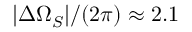
| \Delta \Omega _ { S } | / ( 2 \pi ) \approx 2 . 1